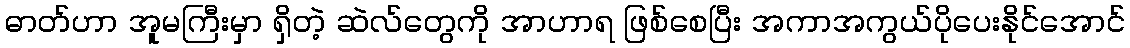
ဓာတ်ဟာ အူမကြီးမှာ ရှိတဲ့ ဆဲလ်တွေကို အာဟာရ ဖြစ်စေပြီး အကာအကွယ်ပိုပေးနိုင်အောင်